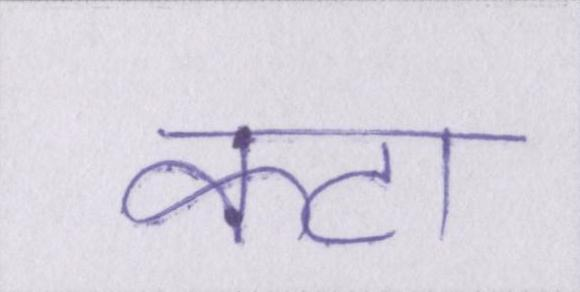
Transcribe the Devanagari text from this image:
कटा